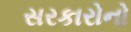
સરકારોનો